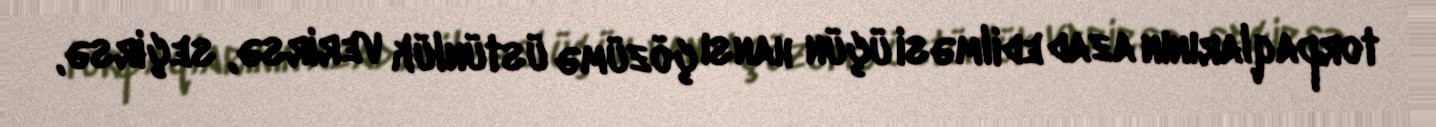
torpaqlarının azad edilməsi üçün hansı çözümə üstünlük verirsə, seçirsə,